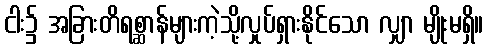
ငါး၌ အခြားတိရစ္ဆာန်များကဲ့သို့လှုပ်ရှားနိုင်သော လျှာ မျိုးမရှိ။